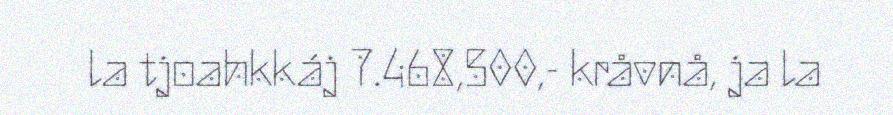
la tjoahkkáj 7.468,500,- kråvnå, ja la